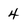
Character: 4